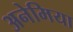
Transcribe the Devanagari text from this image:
अनेमिया